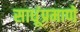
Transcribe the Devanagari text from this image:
साधूंप्रमाणे